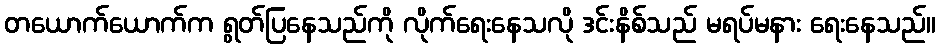
တယောက်ယောက်က ရွတ်ပြနေသည်ကို လိုက်ရေးနေသလို ဒင်းနိစ်သည် မရပ်မနား ရေးနေသည်။